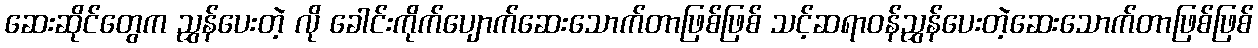
ဆေးဆိုင်တွေက ညွှန်ပေးတဲ့ လို ခေါင်းကိုက်ပျောက်ဆေးသောက်တာဖြစ်ဖြစ် သင့်ဆရာဝန်ညွှန်ပေးတဲ့ဆေးသောက်တာဖြစ်ဖြစ်